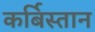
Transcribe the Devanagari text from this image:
कर्बिस्तान